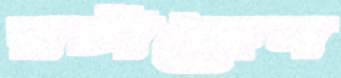
রটাচ্ছেন